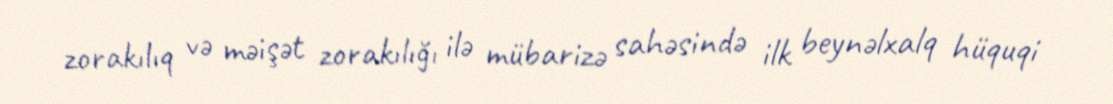
zorakılıq və məişət zorakılığı ilə mübarizə sahəsində ilk beynəlxalq hüquqi